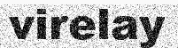
virelay